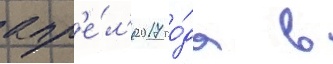
апр'е́л'я 2017 го́да в